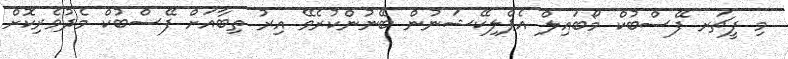
މި ފީޗަރ ފޭސްބުކް މޯބައިލް އެޕްލިކޭޝަނުން ބޭނުންކުރެވޭ އިރު ތިބާއަށް ފޭސްބުކް މެދުވެރިކޮށް